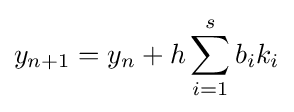
y_{n+1}=y_{n}+h\sum _{i=1}^{s}b_{i}k_{i}